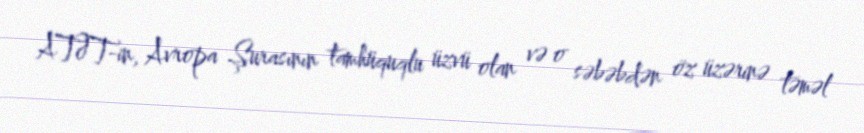
ATƏT-in, Avropa Şurasının tamhüquqlu üzvü olan və o səbəbdən öz üzərinə təməl